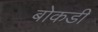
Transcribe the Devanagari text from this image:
बोकडी